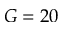
G = 2 0